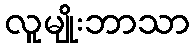
လူမျိုးဘာသာ